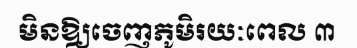
មិនឱ្យចេញភូមិរយៈពេល ៣